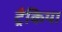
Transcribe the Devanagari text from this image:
ट्रैकिया